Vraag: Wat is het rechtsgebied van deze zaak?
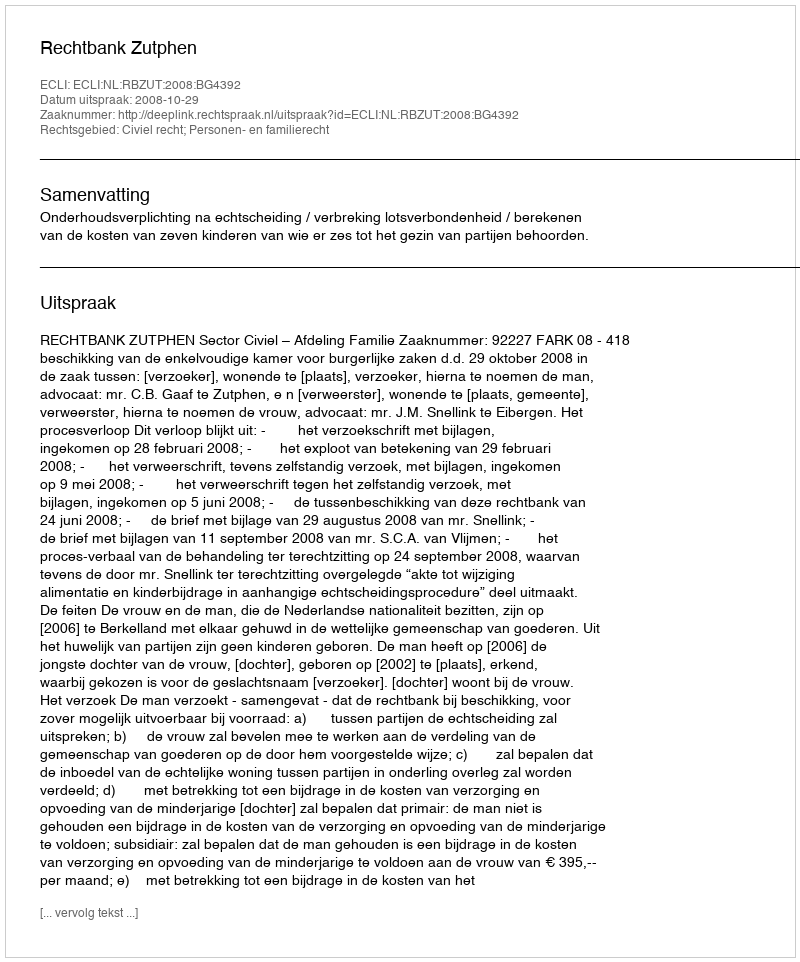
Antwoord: Civiel recht; Personen- en familierecht